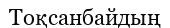
Тоқсанбайдың